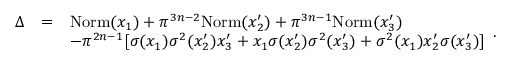
\begin{array} { l l l } { \Delta } & { = } & { \mathrm { N o r m } ( x _ { 1 } ) + \pi ^ { 3 n - 2 } \mathrm { N o r m } ( x _ { 2 } ^ { \prime } ) + \pi ^ { 3 n - 1 } \mathrm { N o r m } ( x _ { 3 } ^ { \prime } ) } \\ & & { - \pi ^ { 2 n - 1 } [ \sigma ( x _ { 1 } ) \sigma ^ { 2 } ( x _ { 2 } ^ { \prime } ) x _ { 3 } ^ { \prime } + x _ { 1 } \sigma ( x _ { 2 } ^ { \prime } ) \sigma ^ { 2 } ( x _ { 3 } ^ { \prime } ) + \sigma ^ { 2 } ( x _ { 1 } ) x _ { 2 } ^ { \prime } \sigma ( x _ { 3 } ^ { \prime } ) ] } \end{array} .